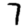
Digit: 7